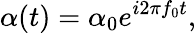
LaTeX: \alpha(t)={{\alpha}_{0}}{{e}^{i2\pi{{f}_{0}}t}},